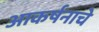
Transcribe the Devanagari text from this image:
आकर्षनाचे